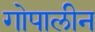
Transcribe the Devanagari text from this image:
गोपालीन